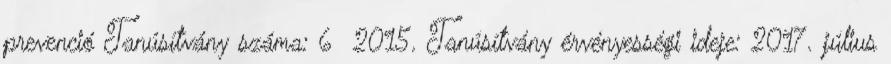
prevenció Tanúsítvány száma: 6 2015. Tanúsítvány érvényességi ideje: 2017. július